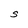
Character: S